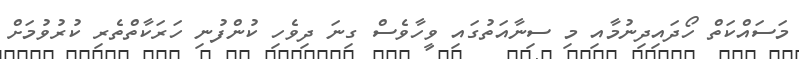
މަސައްކަތް ހޯދައިދިނުމާއި މި ސިނާއަތުގައި ވީހާވެސް ގިނަ ދިވެހި ކުންފުނި ހަރަކާތްތެރި ކުރުވުމަށް